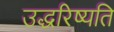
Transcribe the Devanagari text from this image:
उद्धरिष्यति